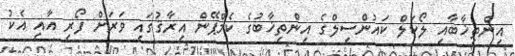
އިންތިޚާބާއި ލޯކަލް ކައުންސިލްގެ އިންތިޚާބުގެ ކެމްޕޭން އިރާޤުގައި ވަރަށް ފޯރި އާއި އެކު